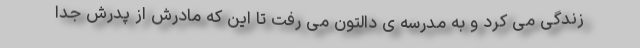
زندگی می کرد و به مدرسه ی دالتون می رفت تا این که مادرش از پدرش جدا